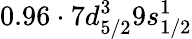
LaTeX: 0.96\cdot 7d_{5/2}^{3}9s_{1/2}^{1}